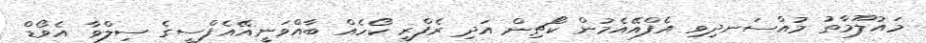
މައުލޫމާތު މުއްސަނދިވި އެފްއޭއެމުން ކޯޗިން އަދި ރެފްރީ ކޯހެއް ބާއްވަނީއޭއެފްސީގެ ސިލްވާ އެވޯޑް